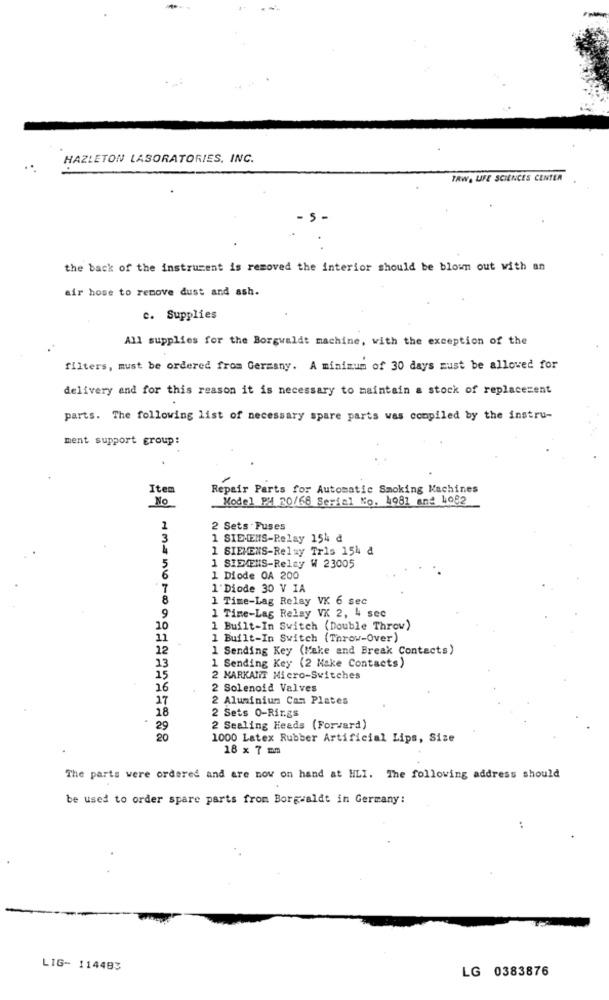
HAZLETON LABORATORIES, INC.
TRWA LIFE SCIENCES CENTER
- s -
the back of the instrument is removed the interior should be blown out with an
air hose to remove dust and ash.
c. Supplies
All supplies for the Borgwaldt machine, with the exception of the
filters, must be ordered from Germany. A minimum of 30 days must be allowed for
delivery end for this reason it is necessary to maintain a stock of replacement
parts. The following list of necessary spare parts was compiled by the instru-
ment support group:
Item
Repair Parts for Automatic Smoking Machines
No
Model P4 20/68 Serie1 No. 4081 ant 4002
1
2 Sets Fuses
3
1 SIEMENS-Relay 154 ₫
1 SIEMENS-Relay Tris 154 d
1 SIEMENS-Relay W 23005
5
6
1 Diode OA 200
7
1'Diode 30 V IA
8
1 Time-Lag Relay VK 6 sec
1 Time-Lag Relay VK 2, 4 sec
9
10
1 Built-In Switch (Double Throw)
11
1 Built-In Switch (Throw-Over)
12
1 Sending Key (Make and Break Contacts)
13
1 Sending Key (2 Make Contacts)
15
2 MARKANT Micro-Switches
16
2 Solenoid Valves
17
2 Aluminium Can Plates
18
2 Sets O-Rings
29
2 Sealing Heads (Forward)
20
1000 Latex Rubber Artificial Lips, Size
18 × 7 mm
The parts were ordered and are now on hand at HLI. The following address should
be used to order spare parts from Borgwaldt in Germany:
LIG- 114483
LG 0383876